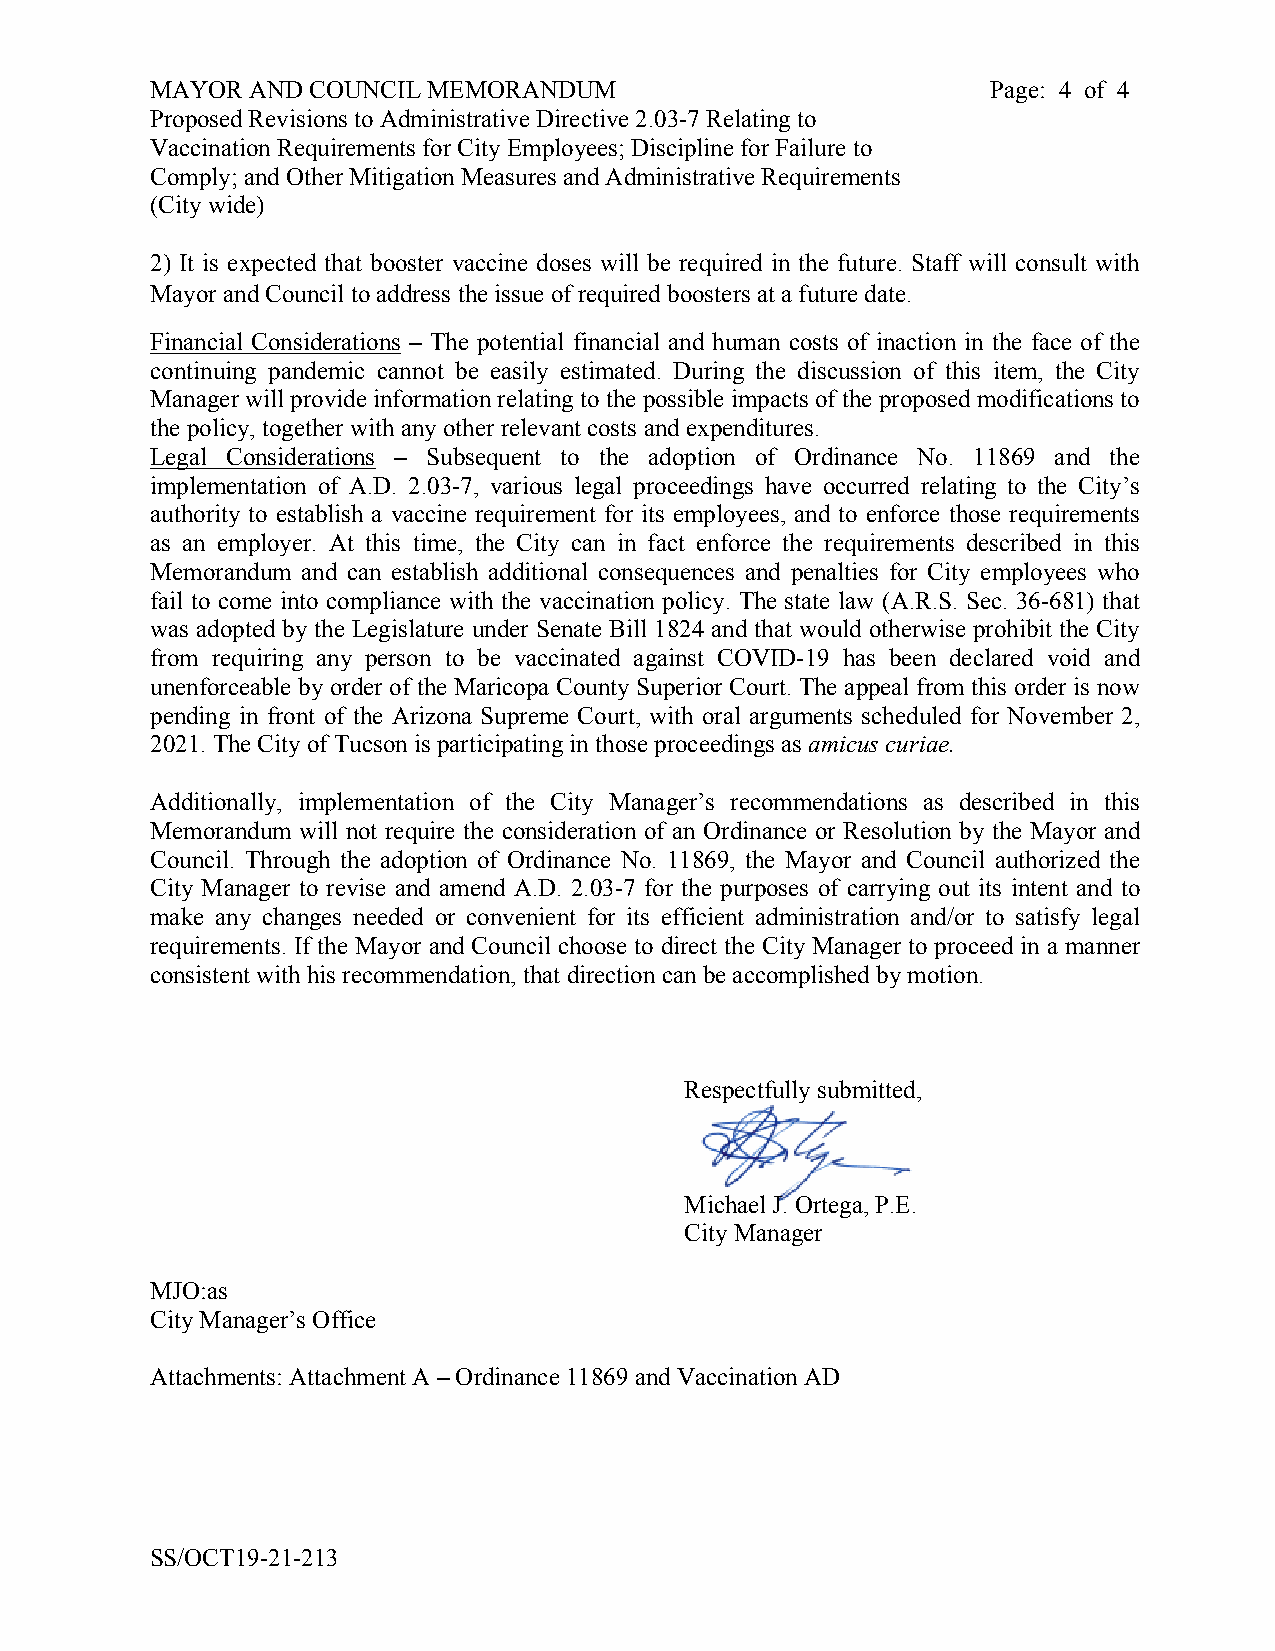
MAYOR  AND COUNCIL MEMORANDUM                           Page: 4 of 4
 Proposed Revisions to Administrative Directive 2.03-7 Relating to
 Vaccination Requirements for City Employees; Discipline for Failure to
 Comply; and Other Mitigation Measures and Administrative Requirements
 (City wide)
 2) It is expected that booster vaccine doses will be required in the future. Staff will consult with
 Mayor and Council to address the issue of required boosters at a future date.
 Financial Considerations – The potential financial and human costs of inaction in the face of the
 continuing pandemic cannot be easily estimated. During the discussion of this item, the City
 Manager will provide information relating to the possible impacts of the proposed modifications to
 the policy, together with any other relevant costs and expenditures.
 Legal Considerations – Subsequent to the adoption of Ordinance No. 11869 and the
 implementation of A.D. 2.03-7, various legal proceedings have occurred relating to the City’s
 authority to establish a vaccine requirement for its employees, and to enforce those requirements
 as an employer. At this time, the City can in fact enforce the requirements described in this
 Memorandum and can establish additional consequences and penalties for City employees who
 fail to come into compliance with the vaccination policy. The state law (A.R.S. Sec. 36-681) that
 was adopted by the Legislature under Senate Bill 1824 and that would otherwise prohibit the City
 from requiring any person to be vaccinated against COVID-19 has been declared void and
 unenforceable by order of the Maricopa County Superior Court. The appeal from this order is now
 pending in front of the Arizona Supreme Court, with oral arguments scheduled for November 2,
 2021. The City of Tucson is participating in those proceedings as amicus curiae.
 Additionally, implementation of the City Manager’s recommendations as described in this
 Memorandum will not require the consideration of an Ordinance or Resolution by the Mayor and
 Council. Through the adoption of Ordinance No. 11869, the Mayor and Council authorized the
 City Manager to revise and amend A.D. 2.03-7 for the purposes of carrying out its intent and to
 make any changes needed or convenient for its efficient administration and/or to satisfy legal
 requirements. If the Mayor and Council choose to direct the City Manager to proceed in a manner
 consistent with his recommendation, that direction can be accomplished by motion.
 Respectfully submitted,
 Michael J. Ortega, P.E.
 City Manager
 MJO:as
 City Manager’s Office
 Attachments: Attachment A – Ordinance 11869 and Vaccination AD
 SS/OCT19-21-213